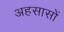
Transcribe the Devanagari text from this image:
अहसासों